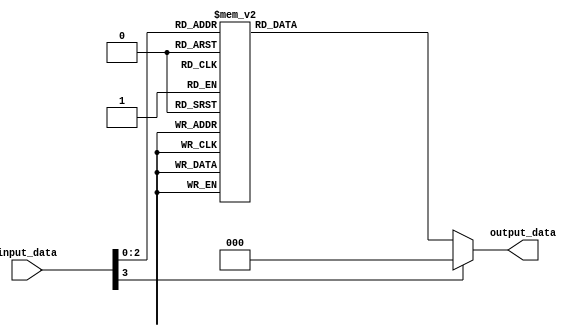
module case_statement_example (
    input [3:0] input_data,
    output reg [2:0] output_data
);

initial begin
    case(input_data)
        4'b0000: output_data <= 3'b000;
        4'b0001: output_data <= 3'b001;
        4'b0010: output_data <= 3'b010;
        4'b0011: output_data <= 3'b011;
        4'b0100: output_data <= 3'b100;
        4'b0101: output_data <= 3'b101;
        4'b0110: output_data <= 3'b110;
        4'b0111: output_data <= 3'b111;
        default: output_data <= 3'b000; //default behavior if none of the above cases match
    endcase
end
endmodule